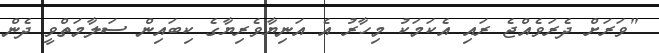
"ވަރަށް ދެރަވެއްޖެ ރައި އެކަމަކު މިހާރު އެ އަނިޔާވެރިޔާގެ ކިބައިން ސަލާމަތްވީ ދެން